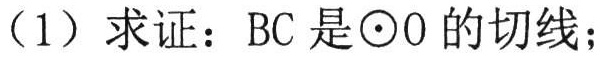
（1）求证：\(BC\) 是\(\odot O\) 的切线；